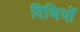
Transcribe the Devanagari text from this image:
विथियों